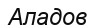
Аладов